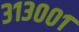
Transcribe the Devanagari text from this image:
३१३००१